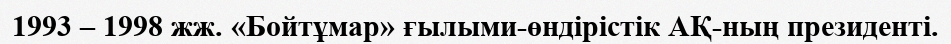
1993 – 1998 жж. «Бойтұмар» ғылыми-өндірістік АҚ-ның президенті.